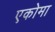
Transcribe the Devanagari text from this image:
एकोमा